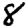
Digit: 8